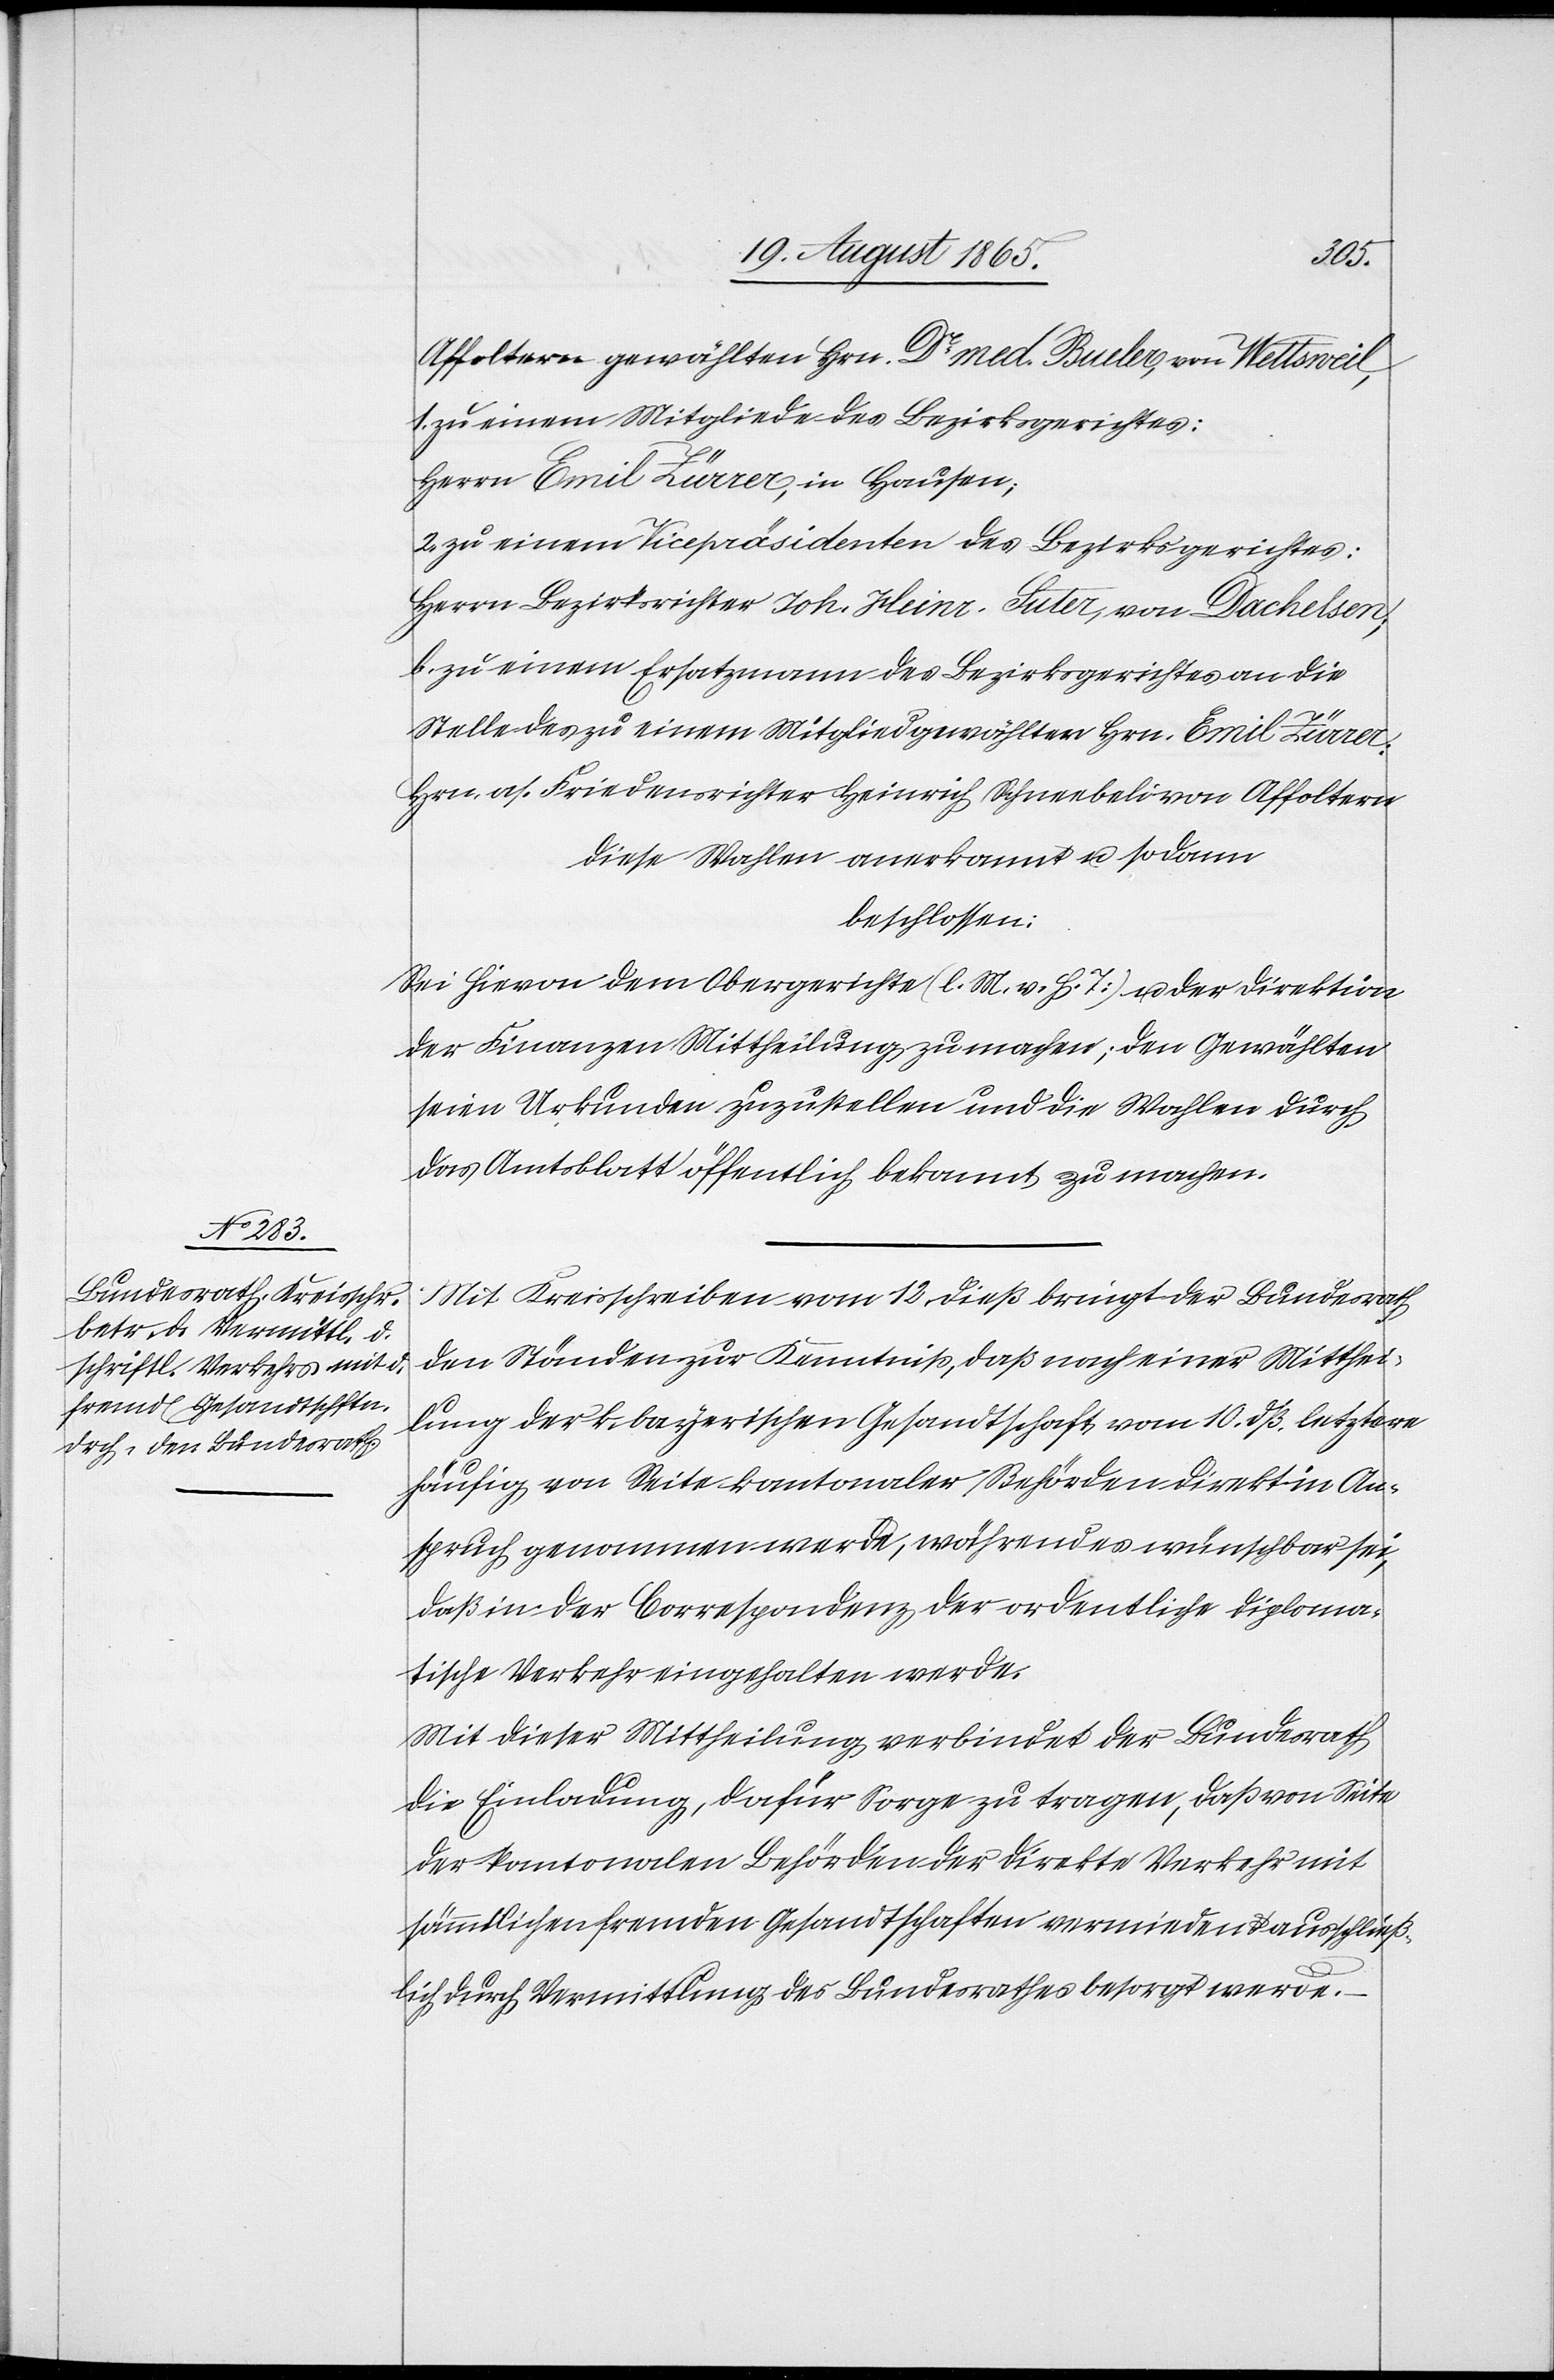
Affoltern gewählten Hrn. Dr med. Bueler, von Wettsweil,
1. zu einem Mitgliede des Bezirksgerichtes:
Herrn Emil Zürrer, in Hausen;
2. zu einem Vicepräsidenten des Bezirksgerichtes:
Herrn Bezirksrichter Joh. Heinr. Suter, von Dachelsen;
b. zu einem Ersatzmann des Bezirksgerichts an die
Stelle des zu einem Mitglied gewählten Hrn. Emil Zürrer:
Hrn. a. Friedensrichter Heinrich Schneebeli von Affoltern.
Diese Wahlen anerkannt u. sodann
beschlossen:
Sei hievon dem Obergerichte (l. M. v. h. T.) u. der Direktion
der Finanzen Mittheilung zu machen; den Gewählten
seien Urkunden zuzustellen und die Wahlen durch
das Amtsblatt öffentlich bekannt zu machen.
Mit Kreisschreiben vom 12. dieß bringt der Bundesrath
den Ständen zur Kenntniß, daß nach einer Mitthei¬
lung der k. bayerischen Gesandtschaft, vom 10. dß. letztere
häufig von Seite kantonaler Behörden direkt in An¬
spruch genommen werde, während es wünschbar sei,
daß in der Correspondenz der ordentliche diploma¬
tische Verkehr eingehalten werde.
Mit dieser Mittheilung verbindet der Bundesrath
die Einladung, dafür Sorge zu tragen, daß von Seite
der kantonalen Behörden der direkte Verkehr mit
sämmtlichen fremden Gesandtschaften vermieden u. ausschließ¬
lich durch Vermittlung des Bundesrathes besorgt werde.